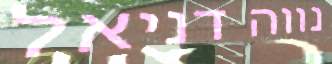
נווה דניאל